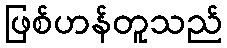
ဖြစ်ဟန်တူသည်